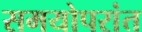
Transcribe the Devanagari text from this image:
समयोपरांत